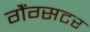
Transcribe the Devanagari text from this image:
गैंग्सटर